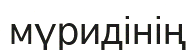
мүридінің